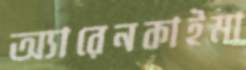
অ্যারেনকাইমা